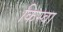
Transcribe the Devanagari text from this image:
किस्वा